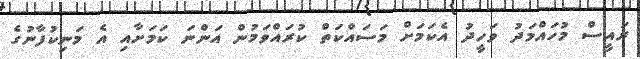
ރައީސް މުހައްމަދު ވަހީދު އެކަމަށް މަސައްކަތް ކުރައްވަމުން އަންނަ ކަމަށާއި އެ މަނިކުފާނުގެ